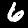
Label: 6